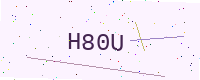
Text: H80U